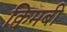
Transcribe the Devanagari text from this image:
क्विमबी